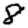
Digit: 8